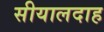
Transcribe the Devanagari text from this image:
सीयालदाह